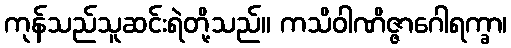
ကုန်သည်သူဆင်းရဲတို့သည်။ ကသိဝါဏိဇ္ဇာဂေါရက္ခာ၊